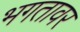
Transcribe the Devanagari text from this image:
भगतावर